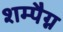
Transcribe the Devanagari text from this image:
शम्पैग्न